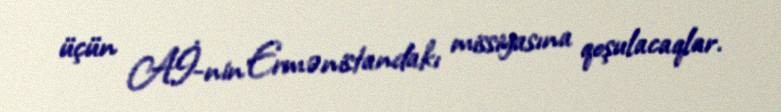
üçün Aİ-nin Ermənistandakı missiyasına qoşulacaqlar.